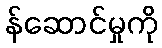
န်ဆောင်မှုကို